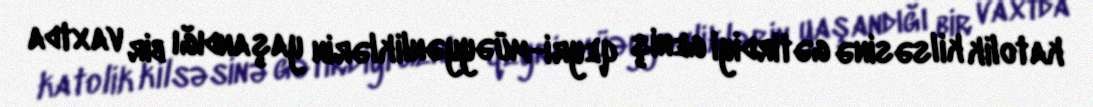
katolik kilsəsinə gətirdiyi geniş qeyri-müəyyənliklərin yaşandığı bir vaxtda